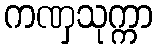
ကဏှသုက္ကာ